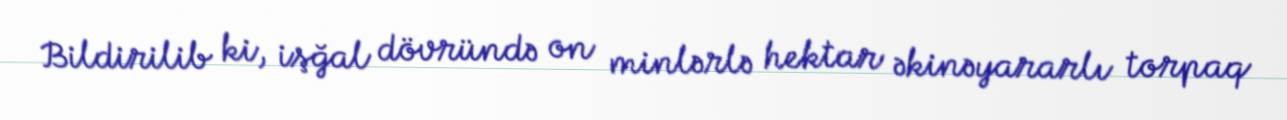
Bildirilib ki, işğal dövründə on minlərlə hektar əkinəyararlı torpaq